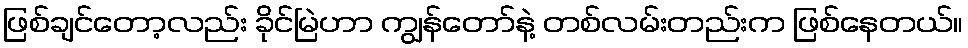
ဖြစ်ချင်တော့လည်း ခိုင်မြဲဟာ ကျွန်တော်နဲ့ တစ်လမ်းတည်းက ဖြစ်နေတယ်။